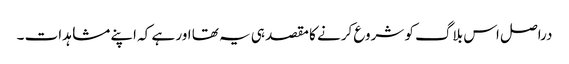
دراصل اس بلاگ کو شروع کرنے کا مقصد ہی یہ تھا اور ہے کہ اپنے مشاہدات ۔